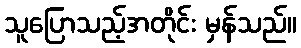
သူပြောသည့်အတိုင်း မှန်သည်။